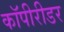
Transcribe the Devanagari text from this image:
कॉपीरीडर